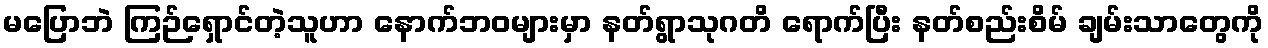
မပြောဘဲ ကြဉ်ရှောင်တဲ့သူဟာ နောက်ဘဝများမှာ နတ်ရွာသုဂတိ ရောက်ပြီး နတ်စည်းစိမ် ချမ်းသာတွေကို